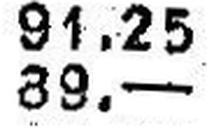
89.—